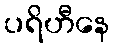
ပရိဟီနေ